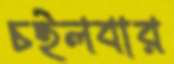
চইলবার